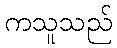
ကသူသည်